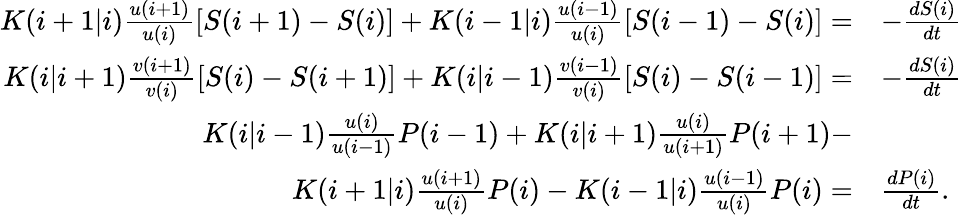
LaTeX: \begin{array}{rl}{K(i+1|i)\frac{u(i+1)}{u(i)}[S(i+1)-S(i)]+K(i-1|i)\frac{u(i-1)}{u(i)}[S(i-1)-S(i)]=}&{-\frac{dS(i)}{dt}}\\ {K(i|i+1)\frac{v(i+1)}{v(i)}[S(i)-S(i+1)]+K(i|i-1)\frac{v(i-1)}{v(i)}[S(i)-S(i-1)]=}&{-\frac{dS(i)}{dt}}\\ {K(i|i-1)\frac{u(i)}{u(i-1)}P(i-1)+K(i|i+1)\frac{u(i)}{u(i+1)}P(i+1)-}&{}\\ {K(i+1|i)\frac{u(i+1)}{u(i)}P(i)-K(i-1|i)\frac{u(i-1)}{u(i)}P(i)=}&{\frac{dP(i)}{dt}.}\end{array}